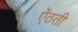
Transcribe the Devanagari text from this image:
ऐंठती